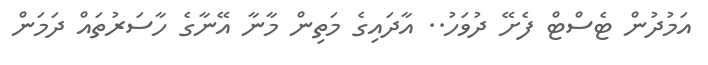
އަމުދުން ޓެސްޓް ފެށޭ ދުވަހު.. އާދައިގެ މަތިން މާނާ އޭނާގެ ހާސަރުތައް ދަމަން